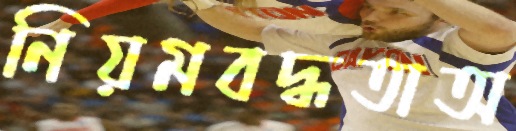
নিয়মবদ্ধতাঅ